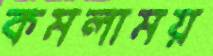
কমলাময়